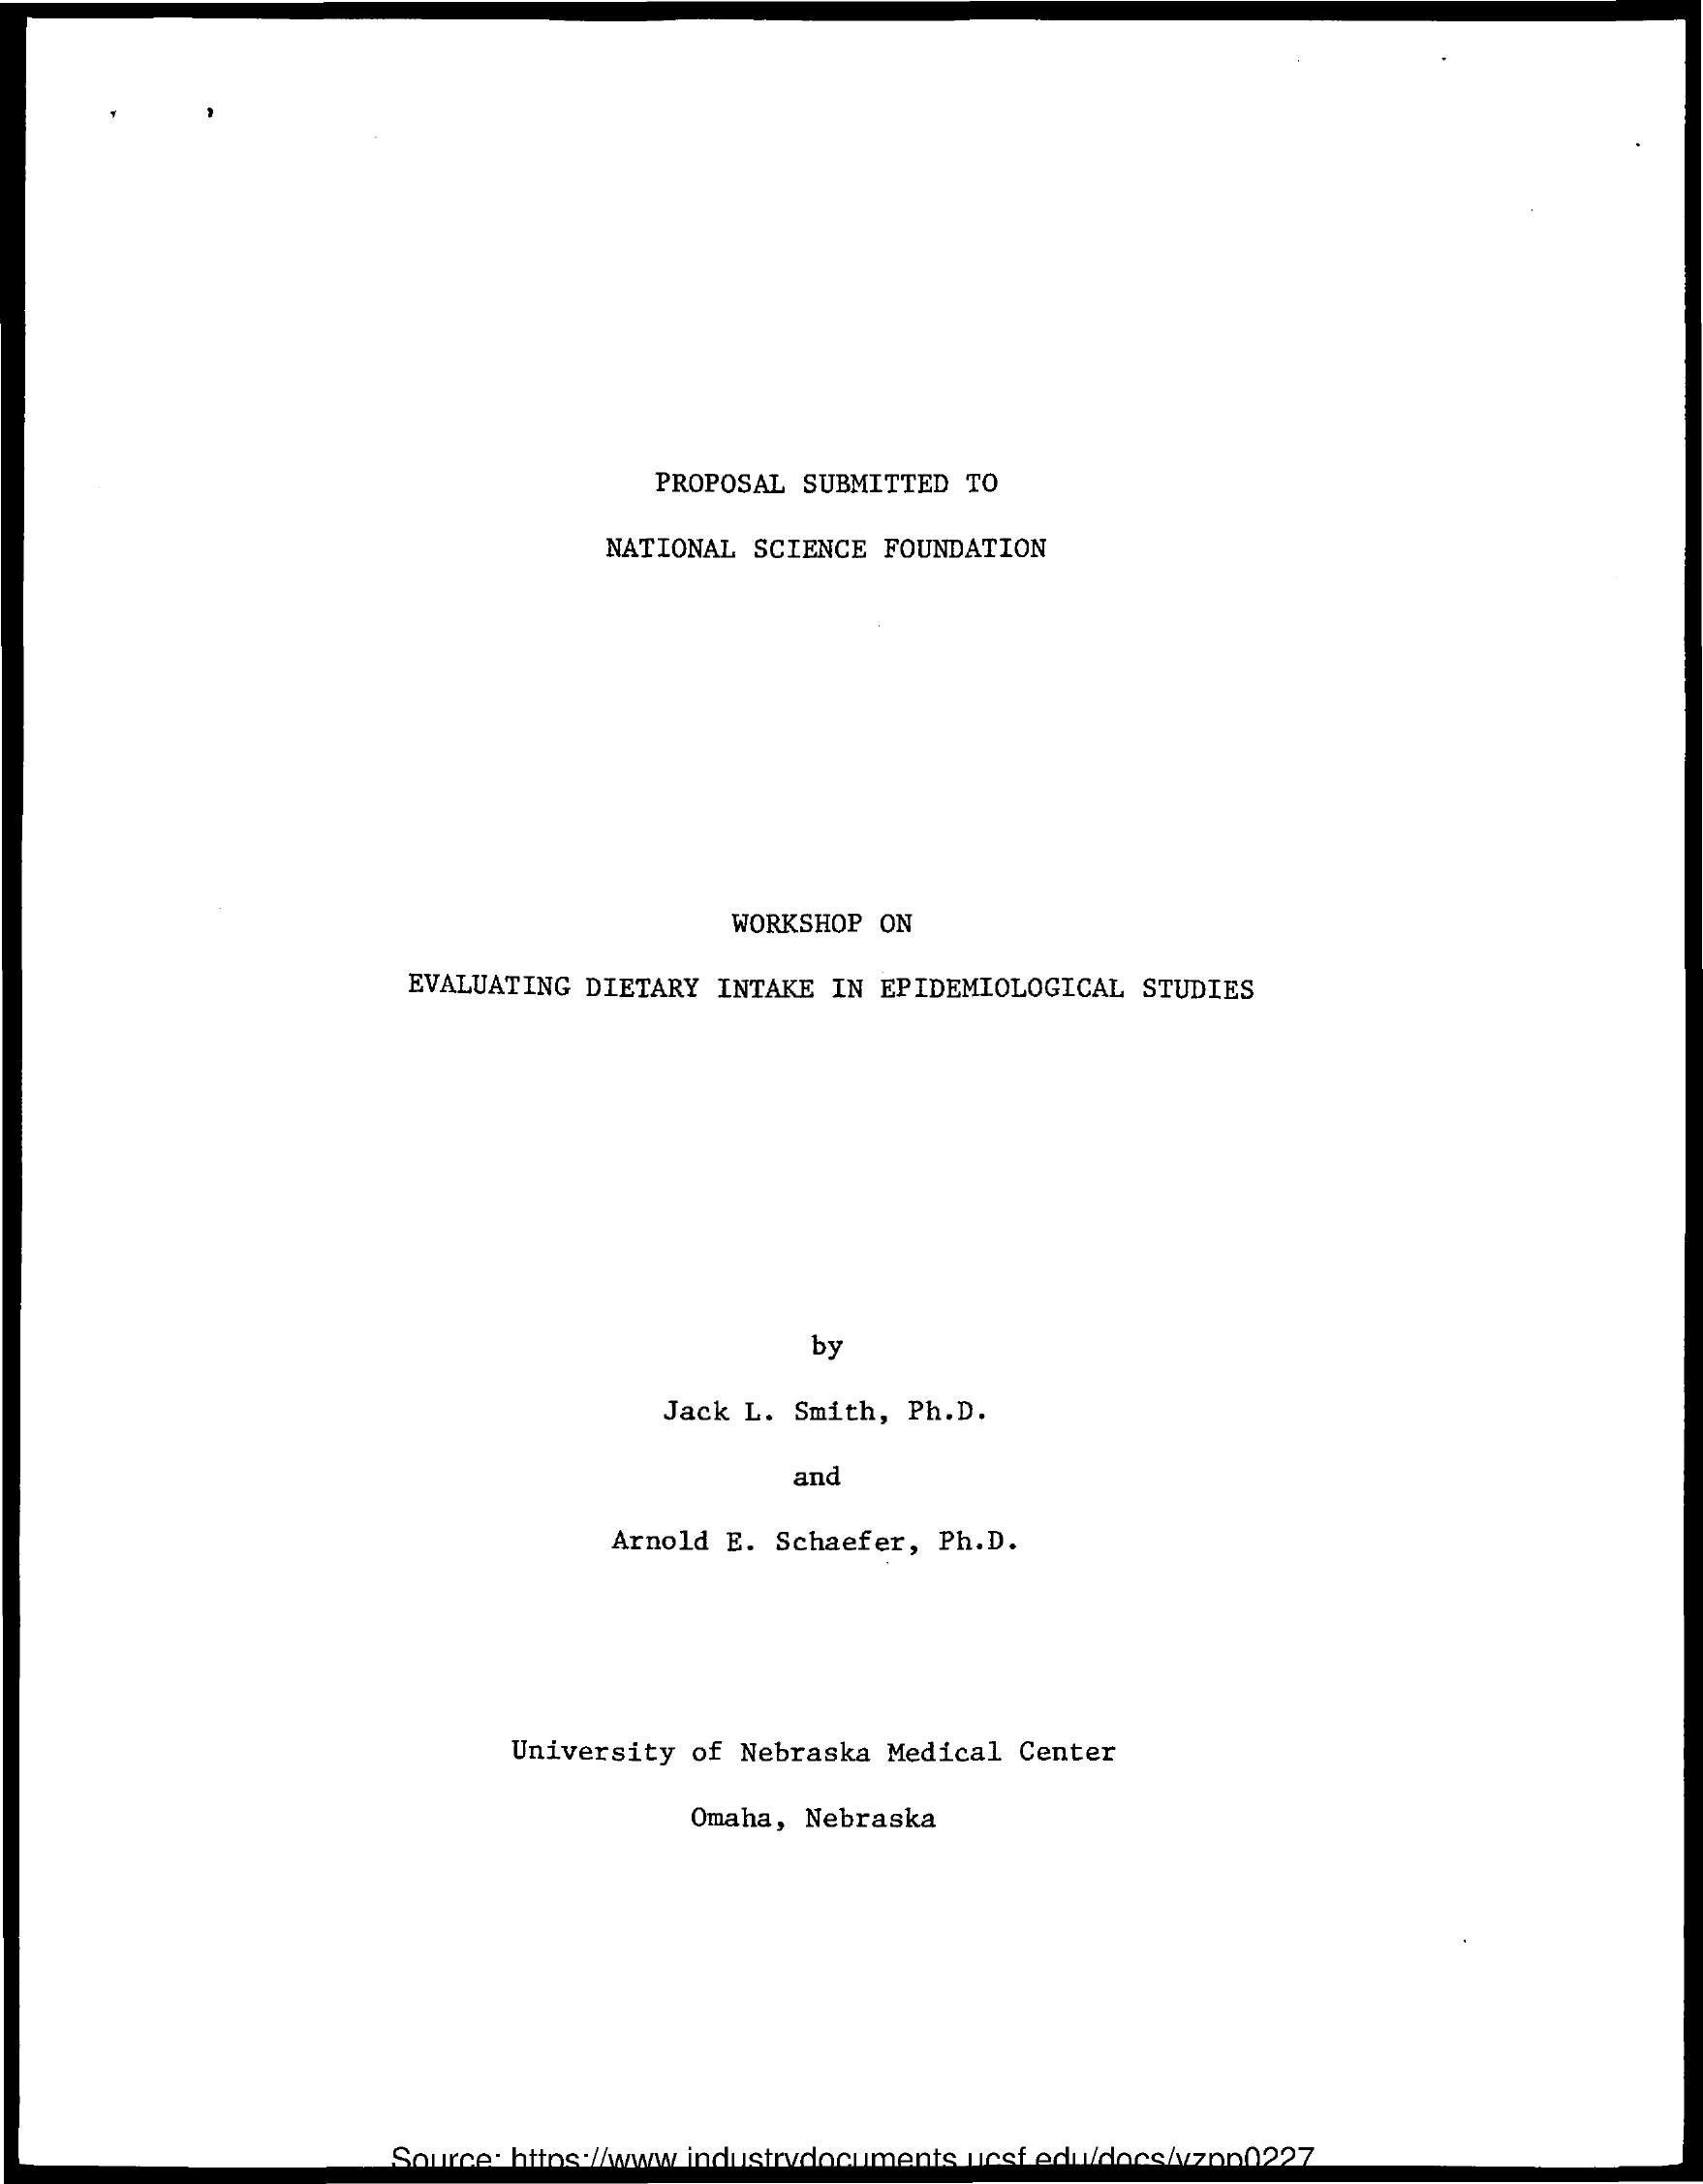
PROPOSAL SUBMITTED TO
     NATIONAL SCIENCE  FOUNDATION
     WORKSHOP  ON
     EVALUATING DIETARY INTAKE IN  EPIDEMIOLOGICAL STUDIES
     by
     Jack L. Smith, Ph.D.
     and
     Arnold E. Schaefer, Ph.D.
     University  of Nebraska Medical Center
     Omaha, Nebraska
     Source: https://www industrydocuments_ucsf.edu/docs/vzon0227